Medical and sanitary report on the native army of Bombay for the year
Year: 1877
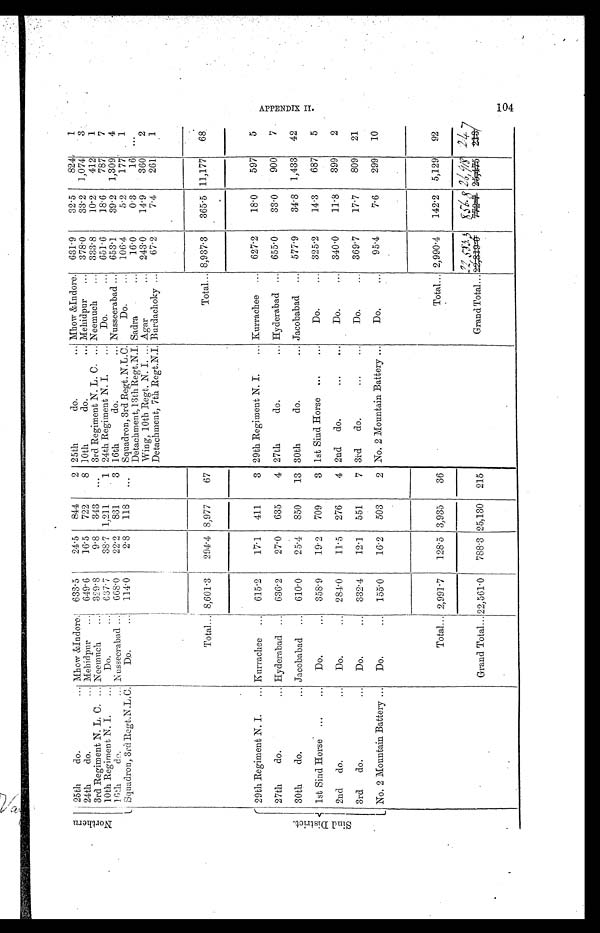
N o r t h e r n
2 5 t h d o . . . .
Mhow &Indore. 633.5
24.5
844
2 25th do. . . . Mhow &Indore. 631.9
32.5
824
1
24th do. . . . Mehidpur . . . 649.6
16.5
722
8 10th do. . . . Mehidpur . . . 378 . 0
33.2 1,074
3
3rd Regiment N. L. C. . . . Neemuch . . . 329.8
9.8
343
. . .
3rd Regiment N. L. C. . . . Neemuch . . . 333 . 8
10.2
412
1
10th Regiment N. I. . . .
Do. . . . 637 . 7
38.7 1,211
1 24th Regiment N. I. . . .
Do. . . . 651.6
18.6
787
7
16th do. . . . Nusseeabad . . . 668 . 0
22.2
831
3 16th do. . . . Nusseerabad . . . 653.1
39.2 1,309
4
Squadron, 3rd Regt.N.L.C.
Do. . . . 114.0
2.8
118
. . .
Squadron, 3rd Regt.N.L.C.
Do. . . . 106 .4
5.2
177
1
Detachment, 13th Regt.N.I. Sadra . . .
16 . 0
0.3
16
. . .
Wing, 10th Regt, N. I. . . . Agar . . . 243.0
14.9
360
2
Detachment, 7th Regt.N.I. Burdachoky . . .
67 . 2
7.4
261
1
Total . . . 8,601.3
294. 4 8,977
67
Total . . . 8,937. 3
365 . 5 11,177
68
S i n d D i s t r i c t .
29th Regiment N. I. . . . Kurrachee . . . 615.2
17.1
411
3 29th Regiment N. I. . . . Kurrachee . . . 627.2
18.0
597
5
27th do. . . . Hyderabad . . . 636.2
27.0
635
4 27th do. . . . Hyderabad . . . 655 . 0
33.0
900
7
30th do. . . . Jacobabad . . . 610.0
25.4
850
13 30th do. . . . Jacobabad . . .
577.9
34.8 1,433
42
1st Sind Horse . . .
Do. . . . 358 . 9
19.2
709
3 1st Sind Horse . . .
Do. . . . 325.2
14.3
687
5
2nd do. . . . Do. . . . 284. 0
11.5
276
4 2nd do. . . .
Do. . . . 340 . 0
11.8
399
2
3rd do. . . . Do. . . . 332.4
12.1
551
7 3rd do. . . .
Do. . . . 369 . 7
17.7
809
21
No. 2 Mountain Battery . . .
Do . . .
155.0
16.2
503
2 No. 2 Mountain Battery . . .
Do. . . .
9 5 . 4
7.6
299
10
Total . . . 2,991 . 7
128 . 5 3,935
36
Total . . . 2,990 .4
142.2 5,129
92
Grand Total . . . 22,561 . 0
788.3 25,130
215
Grand Total . . .
2 2 , 5 8 3 . 3
8 5 6 . 8
2 6 , 9 1 8
2 4 7
104